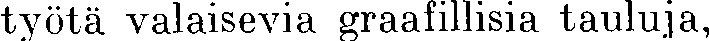
työtä valaisevia graafillisia tauluja,